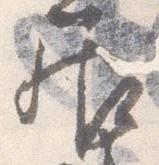
居